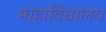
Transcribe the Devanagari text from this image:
माहाविधालय